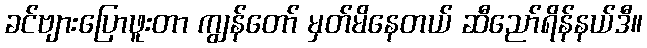
ခင်ဗျားပြောဖူးတာ ကျွန်တော် မှတ်မိနေတယ် ဆီညော်ရိန်နယ်ဒီ။